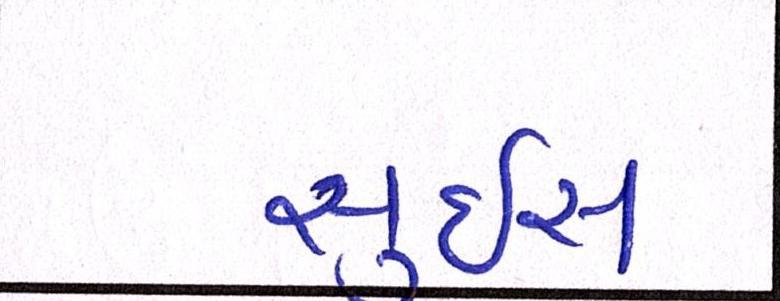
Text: સુઇસ